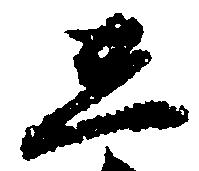
し